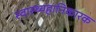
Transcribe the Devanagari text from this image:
स्वास्थ्यहानिकारक